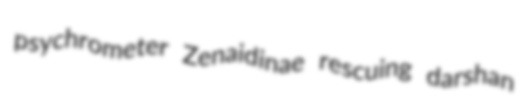
psychrometer Zenaidinae rescuing darshan